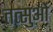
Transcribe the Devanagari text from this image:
तत्सुओं